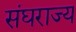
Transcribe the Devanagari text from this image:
संघराज्‍य